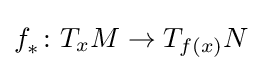
f_{*}^{}\colon T_{x}M\to T_{f(x)}N